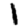
Digit: 1